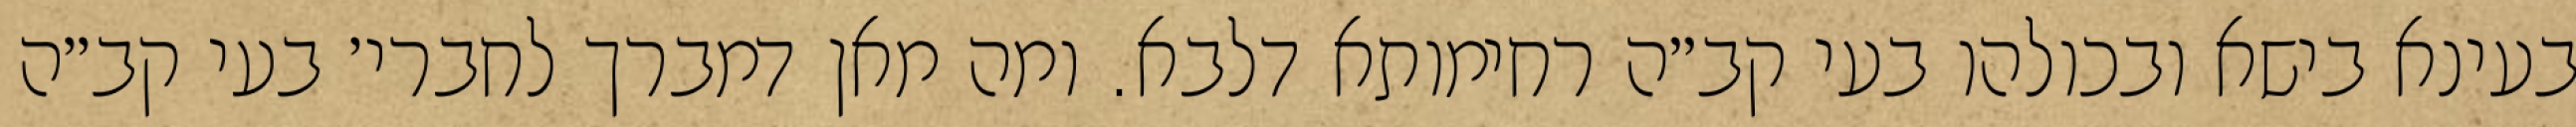
בעינא בישא ובכולהו בעי קב״ה רחימותא דלבא. ומה מאן דמברך לחברי׳ בעי קב״ה